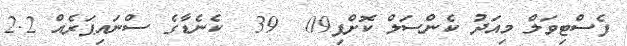
ފެސްޓިވަލް މިއަދު ކެންސަލް ކޮށްފި09  39  ކެނެޑާގެ ސްނައިޕަރެއް 2.2